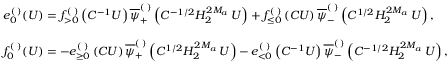
\begin{array} { r l } & { e _ { 0 } ^ { ( \digamma ) } ( U ) = f _ { > 0 } ^ { ( \digamma ) } \left( C ^ { - 1 } U \right) \overline { { \psi } } _ { + } ^ { ( \digamma ) } \left( C ^ { - 1 / 2 } H _ { 2 } ^ { 2 M _ { a \digamma } } U \right) + f _ { \leq 0 } ^ { ( \digamma ) } \left( C U \right) \overline { { \psi } } _ { - } ^ { ( \digamma ) } \left( C ^ { 1 / 2 } H _ { 2 } ^ { 2 M _ { a \digamma } } U \right) , } \\ & { } \\ & { f _ { 0 } ^ { ( \digamma ) } ( U ) = - e _ { \geq 0 } ^ { ( \digamma ) } \left( C U \right) \overline { { \psi } } _ { + } ^ { ( \digamma ) } \left( C ^ { 1 / 2 } H _ { 2 } ^ { 2 M _ { a \digamma } } U \right) - e _ { < 0 } ^ { ( \digamma ) } \left( C ^ { - 1 } U \right) \overline { { \psi } } _ { - } ^ { ( \digamma ) } \left( C ^ { - 1 / 2 } H _ { 2 } ^ { 2 M _ { a \digamma } } U \right) , } \end{array}